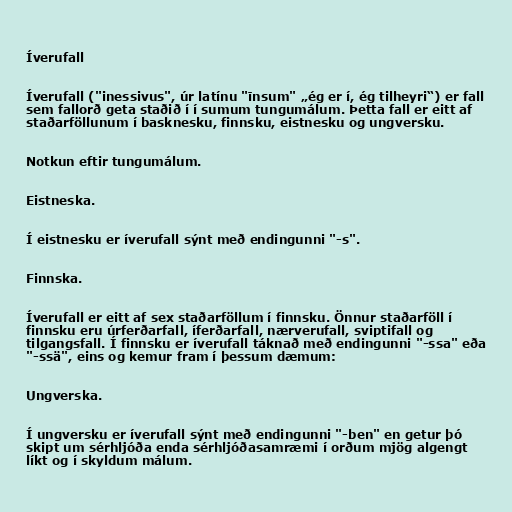
Íverufall

Íverufall ("inessivus", úr latínu "īnsum" „ég er í, ég tilheyri“) er fall
sem fallorð geta staðið í í sumum tungumálum. Þetta fall er eitt af
staðarföllunum í basknesku, finnsku, eistnesku og ungversku.

Notkun eftir tungumálum.

Eistneska.

Í eistnesku er íverufall sýnt með endingunni "-s".

Finnska.

Íverufall er eitt af sex staðarföllum í finnsku. Önnur staðarföll í
finnsku eru úrferðarfall, íferðarfall, nærverufall, sviptifall og
tilgangsfall. Í finnsku er íverufall táknað með endingunni "-ssa" eða
"-ssä", eins og kemur fram í þessum dæmum:

Ungverska.

Í ungversku er íverufall sýnt með endingunni "-ben" en getur þó
skipt um sérhljóða enda sérhljóðasamræmi í orðum mjög algengt
líkt og í skyldum málum.